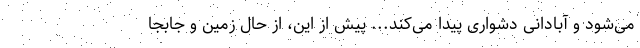
می‌شود و آبادانی دشواری پیدا می‌کند... پیش از این، از حال زمین و جابجا